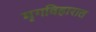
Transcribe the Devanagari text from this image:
मृगविहारात